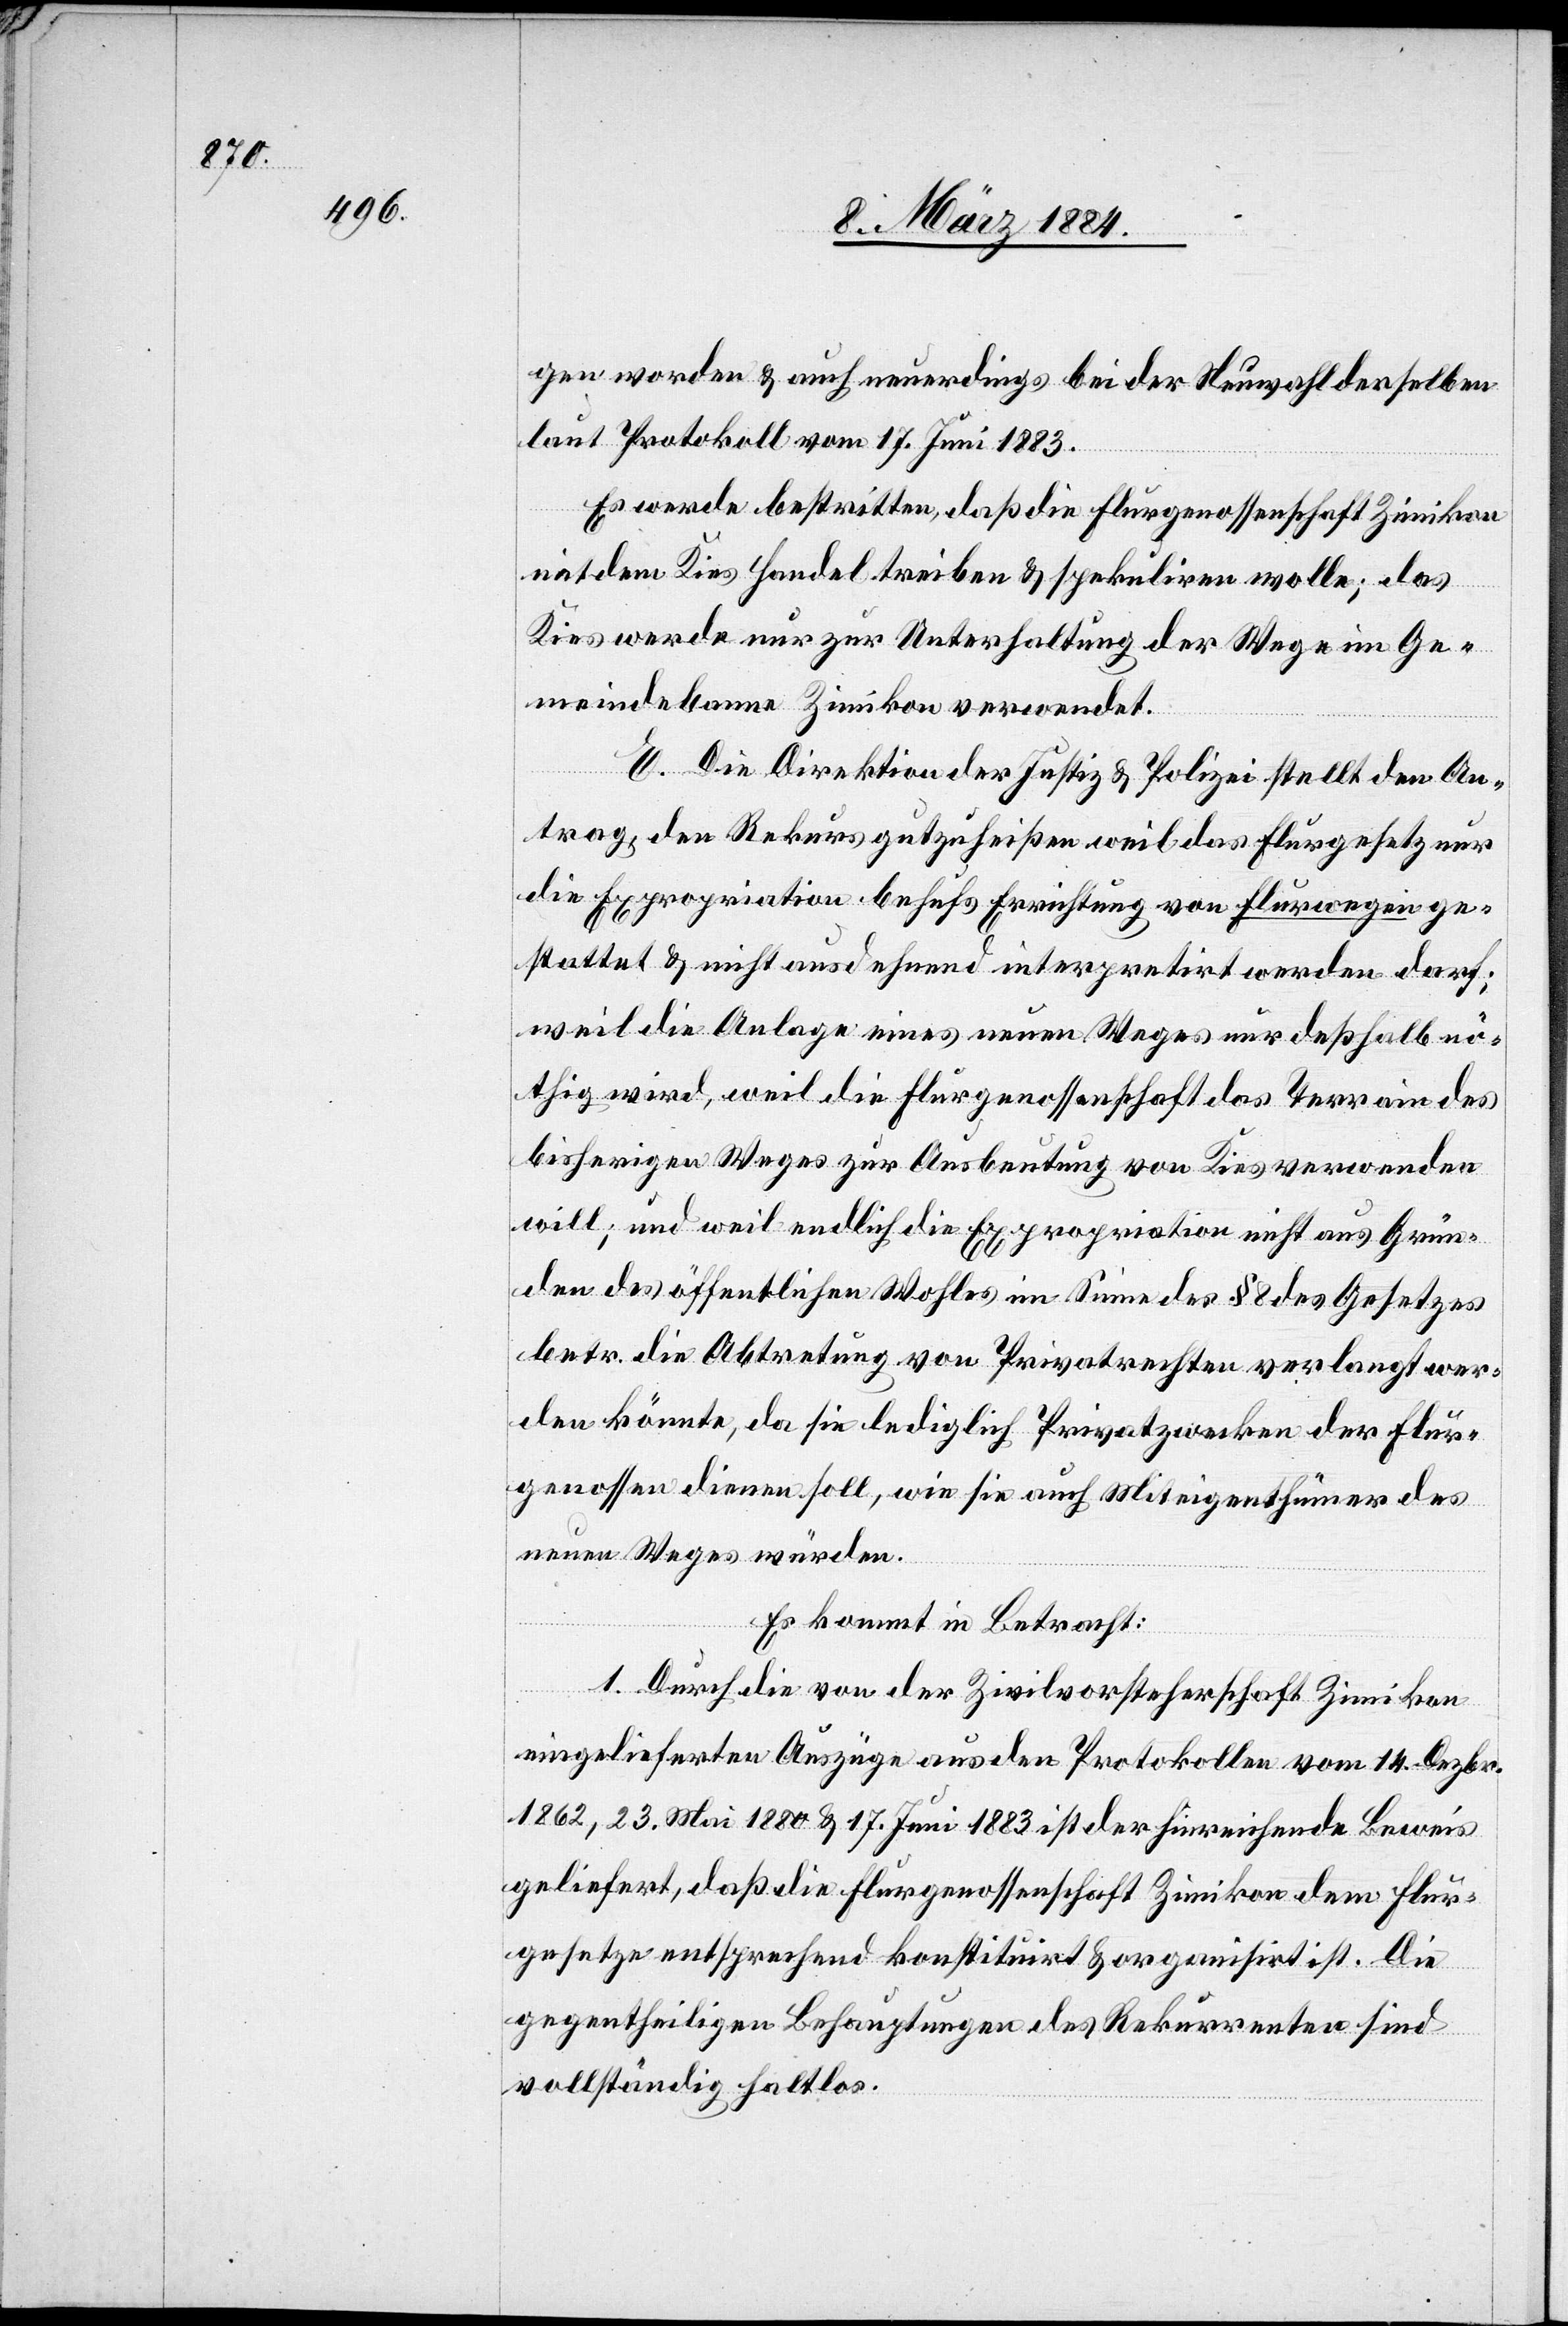
en worden & auch neuerdings bei der Neuwahl derselben
laut Protokoll vom 17. Juni 1883.
Es werde bestritten, daß die Flurgenossenschaft Zimikon
mit dem Kies Handel treibe & spekuliren wolle; das
Kies werde nur zur Unterhaltung der Wege im Ge¬
meindebanne Zimikon verwendet.
E. Die Direktion der Justiz & Polizei stellt den An¬
trag, den Rekurs gutzuheißen weil das Flurgesetz nur
die Expropriation behufs Errichtung von Flurwegen ge¬
stattet & nicht ausdehnend interpretirt werden darf,
weil die Anlage eines neuen Weges nur deßhalb nö¬
thig wird, weil die Flurgenossenschaft das Terrain des
bisherigen Weges zur Ausbeutung von Kies verwenden
will; und weil endlich die Expropriation nicht aus Grün¬
den des öffentlichen Wohles im Sinne des § 8 des Gesetzes
betr. die Abtretung von Privatrechten verlangt wer¬
den könnte, da sie lediglich Privatzwecken der Flur¬
genossen dienen soll, wie sie auch Miteigenthümer des
neuen Weges würden.
Es kommt in Betracht:
1. Durch die von der Zivilvorsteherschaft Zimikon
eingelieferten Auszüge aus den Protokollen vom 14. Dezbr.
1862, 23. Mai 1880 & 17. Juni 1883 ist der hinreichende Beweis
geliefert, daß die Flurgenossenschaft Zimikon dem Flur¬
gesetze entsprechend konstatirt & organisirt ist. Die
gegentheiligen Behauptungen des Rekurrenten sind
vollständig haltlos.